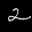
Label: 2